Trukikaitis_Postimees, lk 164
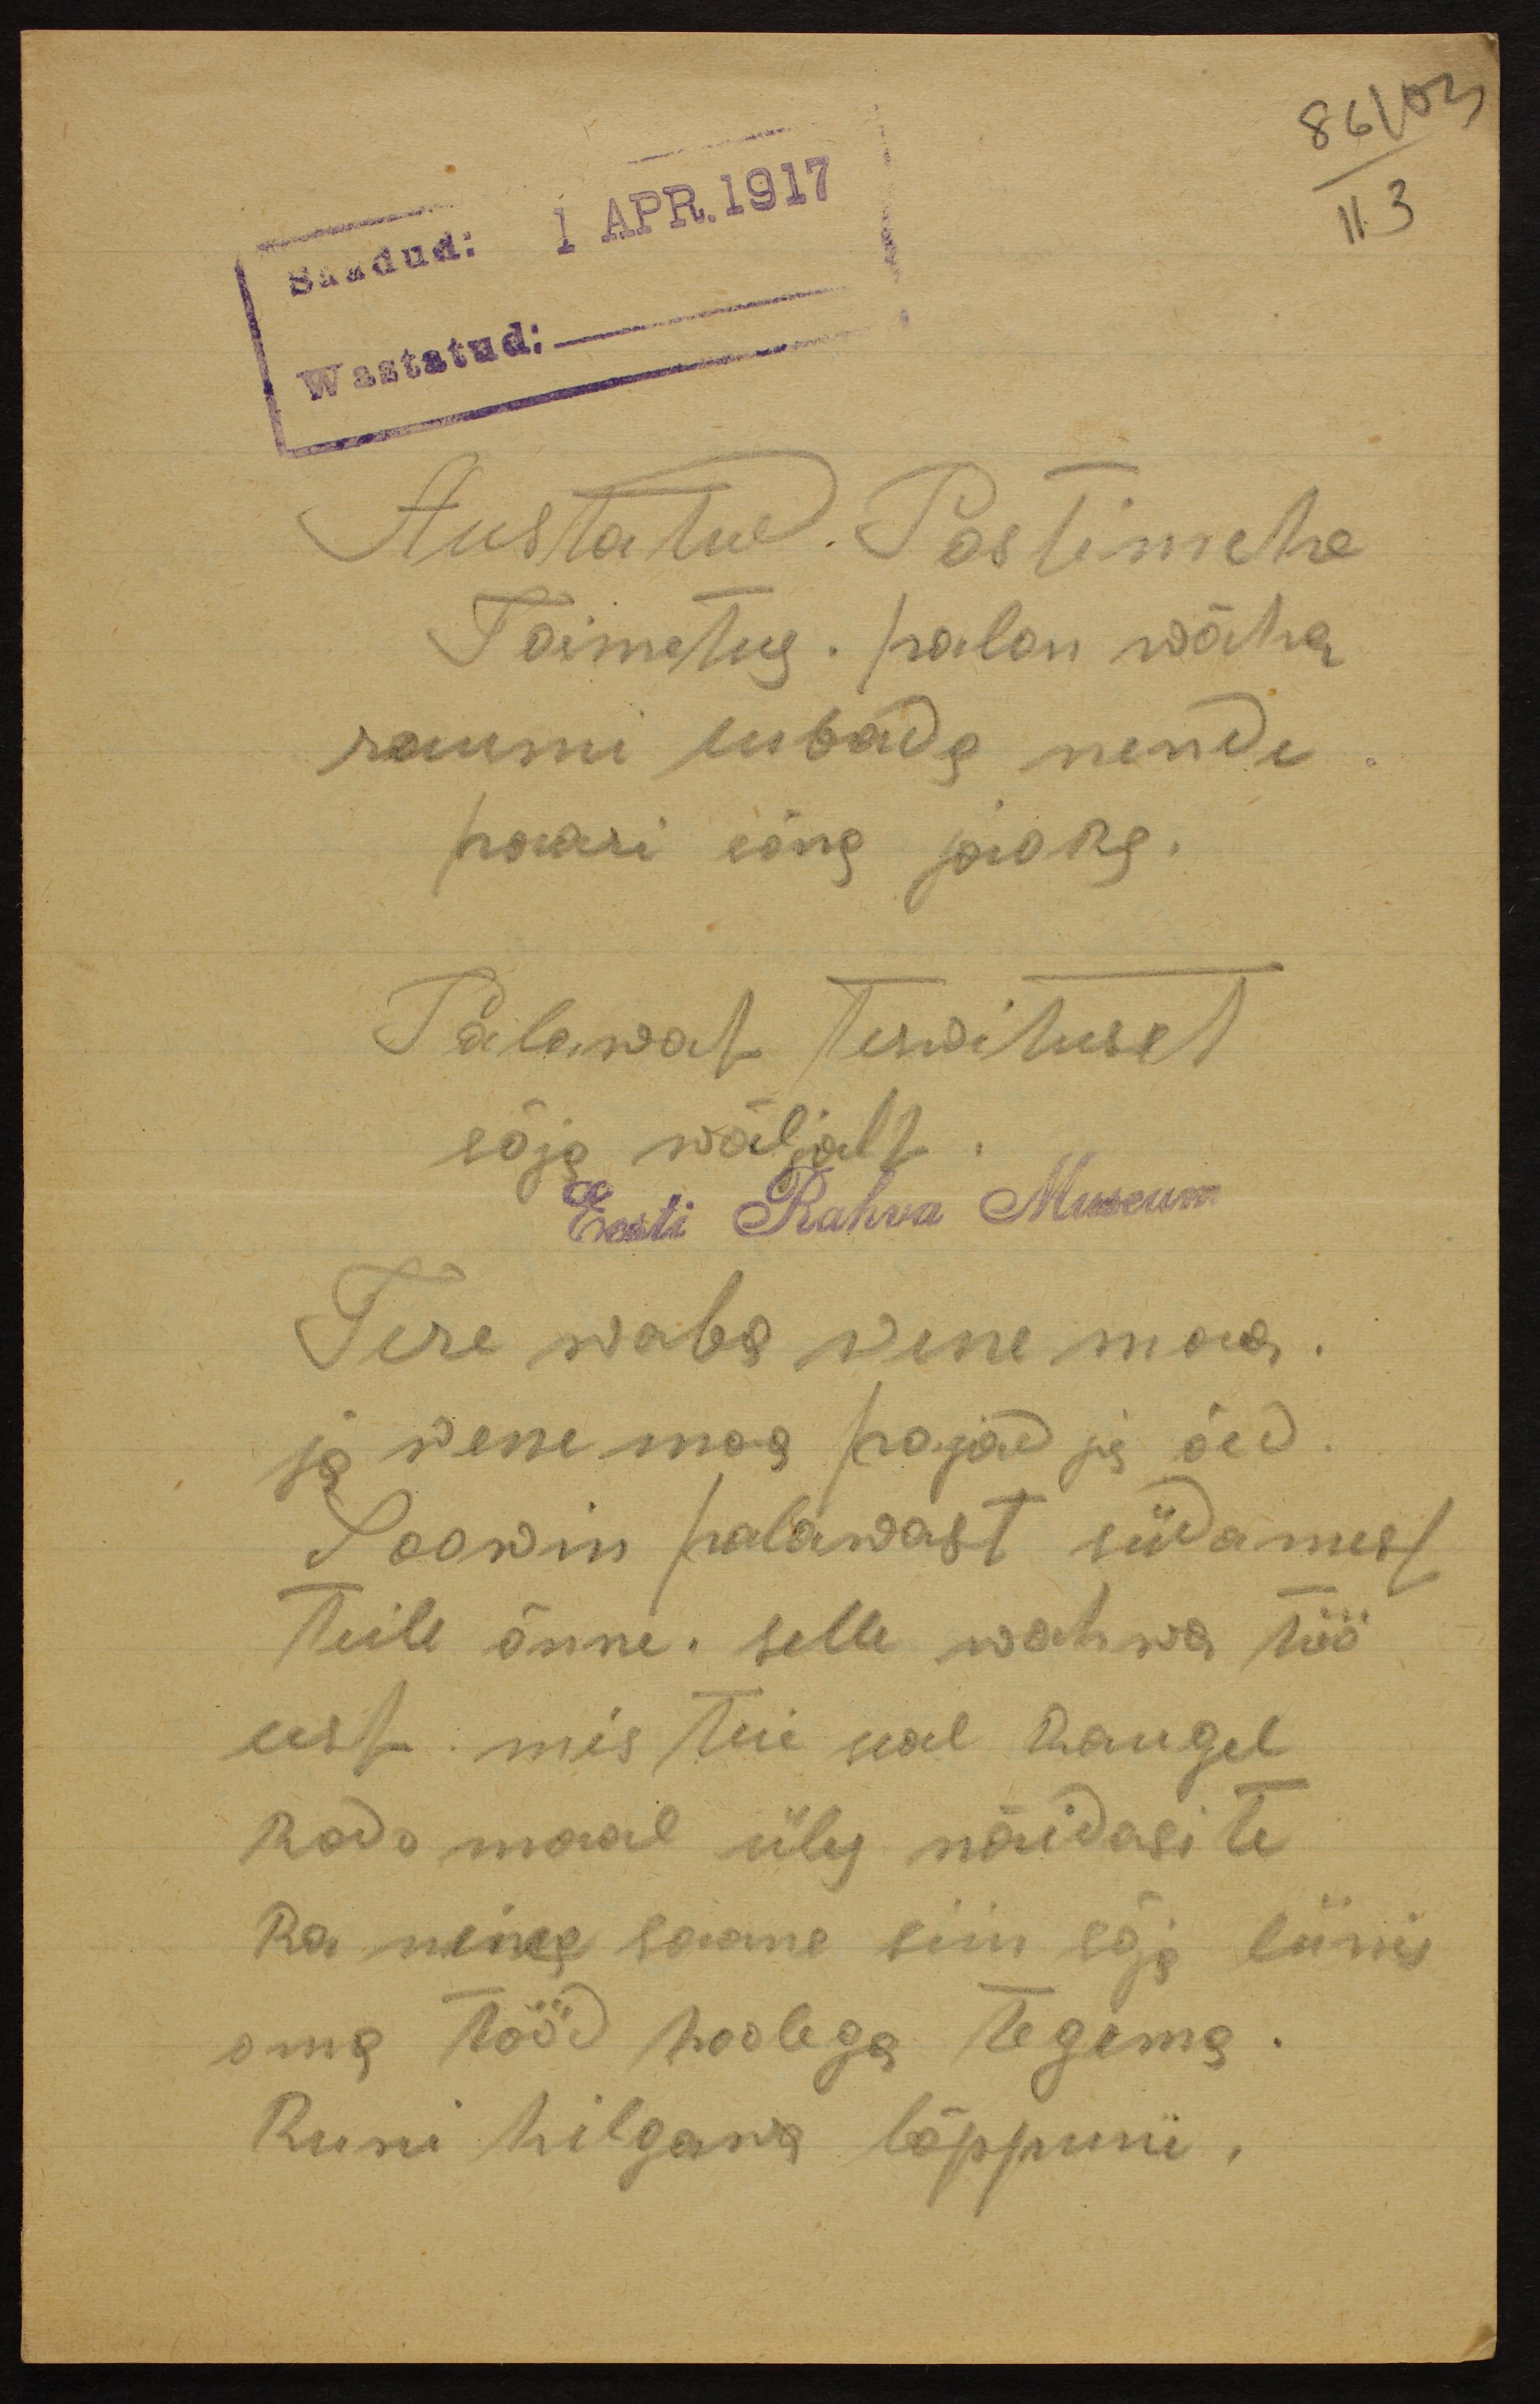
86 103
Saadud: 1.APR.1917
II.3
Wastatud:
Austatud. Passimehe
Toimetus. palon wäha
raumi lubada nende
paari sõna jaogs
Palawad Terwituset
sõja wäljalt.
Eesti Rahva Museum
Tere waba wene maa.
ja wene maa pojad ja õed.
Soowin palawast südamest
Teile õnne. selle wahwa töö
eest mis teie seal kaugel
kodo maal üles näidasite
Ka meie saame siin sõja liinis
oma tööd hoolega tegema.
Kuni hilgawa lõppuni,